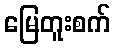
မြေတူးစက်